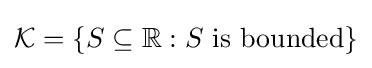
{\mathcal {K}}=\{S\subseteq \mathbb {R} :S{\text{ is bounded}}\}